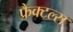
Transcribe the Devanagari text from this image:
फ्रैक्टल्स